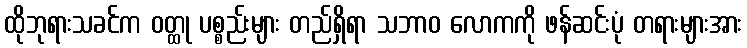
ထိုဘုရားသခင်က ဝတ္ထု ပစ္စည်းများ တည်ရှိရာ သဘာဝ လောကကို ဖန်ဆင်းပုံ တရားများအား